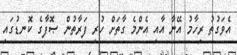
އެވަގުތު ރިހާމު އޭނާ އާއި އެންމެ ގާތަށް ހުރި ފަރާތުން ޞޮފާގެ ކޮނޑުގައި